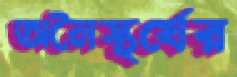
অনৈস্থর্যের